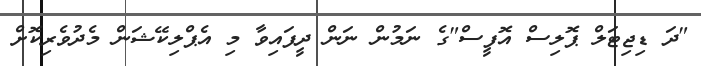
"ދަ ޑިޖިޓަލް ޕޮލިސް އޮފީސް"ގެ ނަމުން ނަން ދީފައިވާ މި އެޕްލިކޭޝަން މެދުވެރިކޮށް